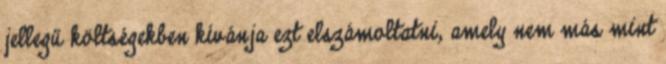
jellegű költségekben kívánja ezt elszámoltatni, amely nem más mint